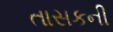
તાસકની